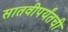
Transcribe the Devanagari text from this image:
सातवीपर्यंतची